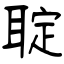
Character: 聢